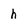
Character: h